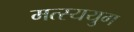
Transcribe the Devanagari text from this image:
मत्स्ययुग